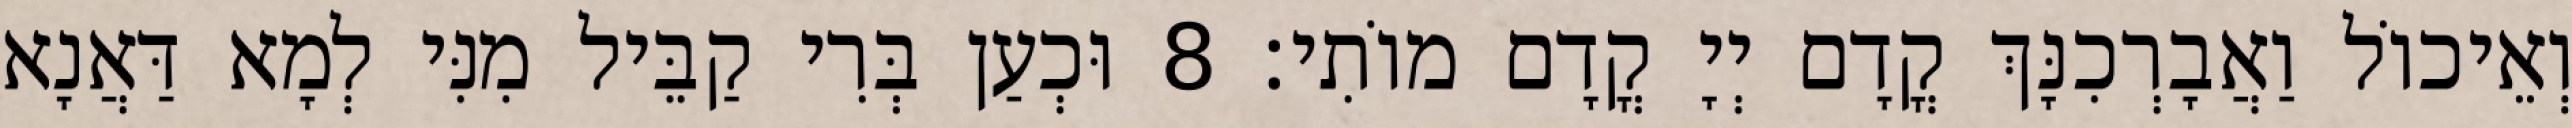
וְאֵיכוֹל וַאֲבָרְכִנָּךְ קֳדָם יְיָ קֳדָם מוֹתִי׃ 8 וּכְעַן בְּרִי קַבֵּיל מִנִּי לְמָא דַּאֲנָא